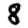
Digit: 8